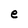
Character: e